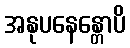
အနုပနေန္တောပိ